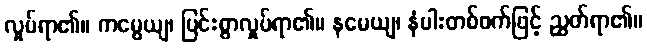
လှုပ်ရာ၏။ ကမ္ပေယျ၊ ပြင်းစွာလှုပ်ရာ၏။ နမေယျ၊ နံပါးတစ်ဖက်ဖြင့် ညွတ်ရာ၏။